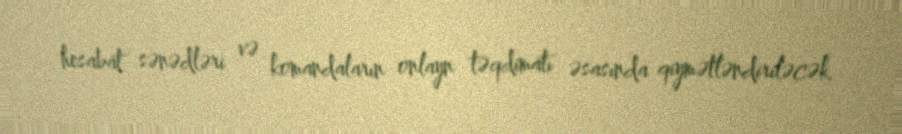
hesabat sənədləri və komandaların onlayn təqdimatı əsasında qiymətləndiriləcək.